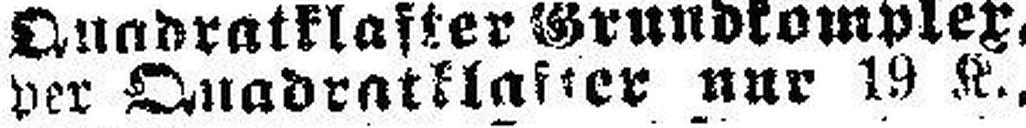
der Quadratklafter nur 19 K.,